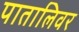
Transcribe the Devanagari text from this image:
पातालिवर